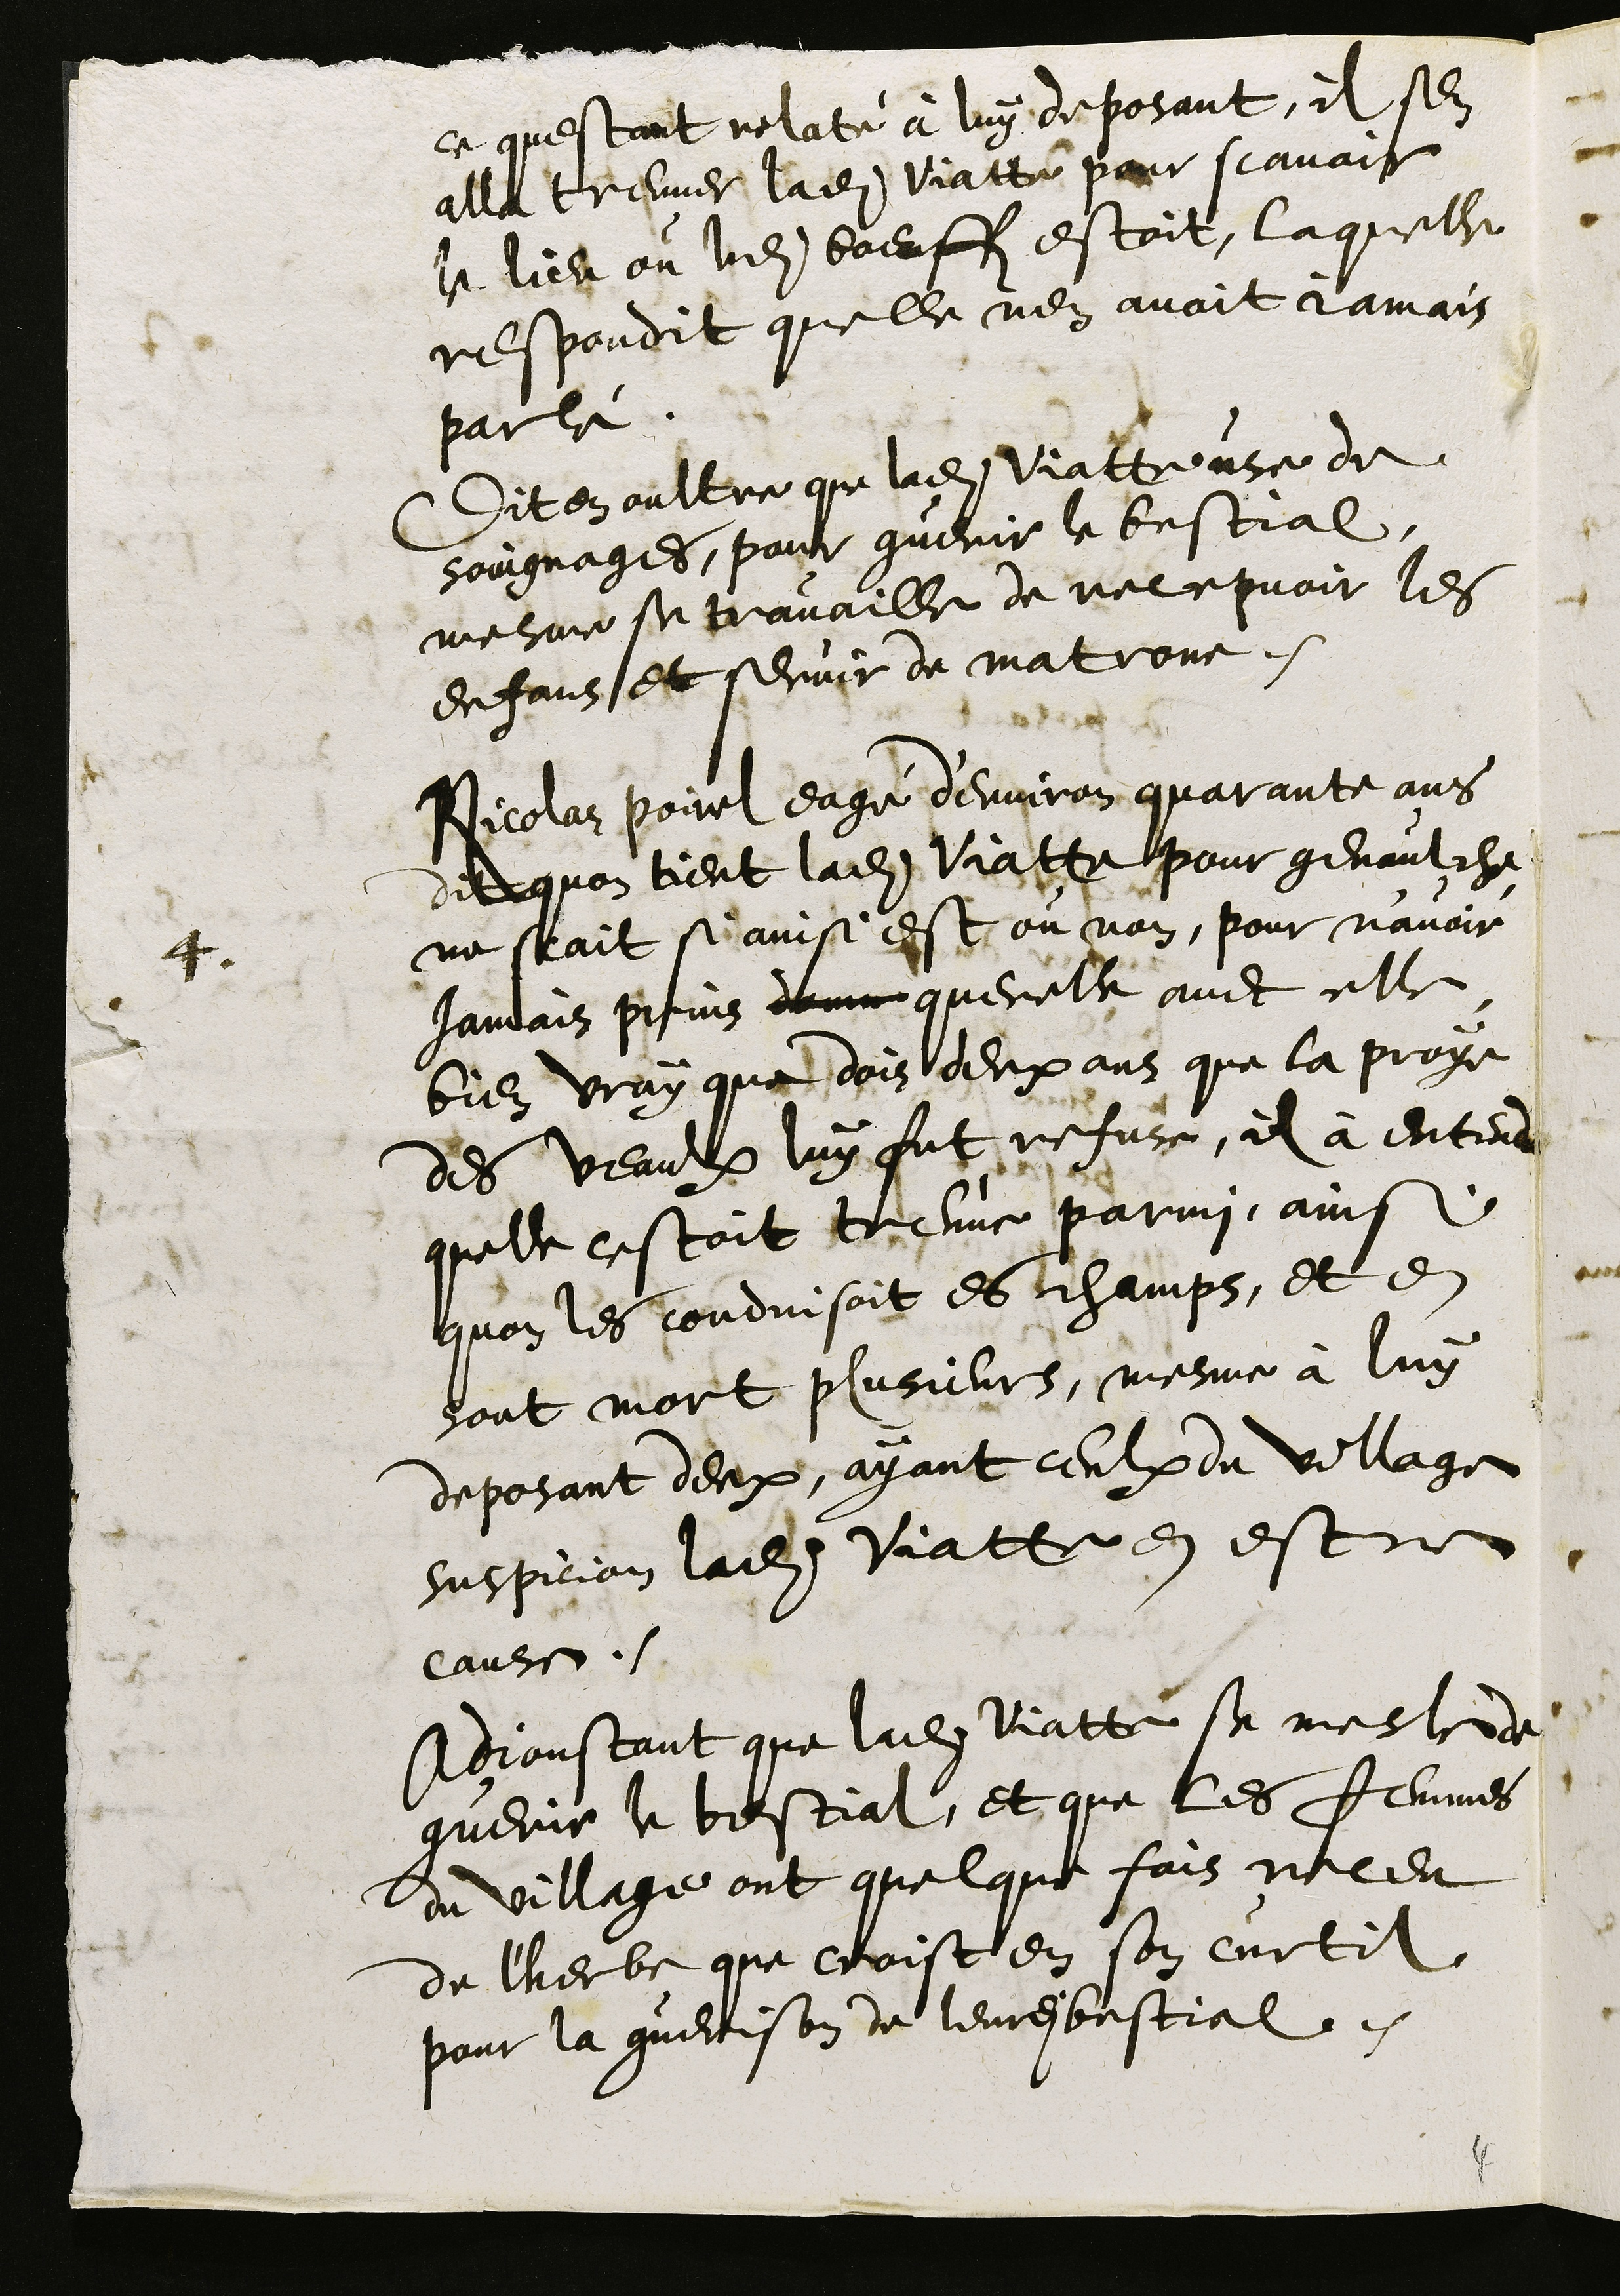
ce questant relaté à luy deposant, il sen
alla treuver ladite Viatte pour scavoir
le lieu ou ledit boeuff estoit, laquelle
respondit quelle nen avoit jamais
parlé.
Dit en oultre que ladite Viatte use de
soingnages, pour guerir le bestial,
mesme se travaille de recepvoir les
enfans et servir de matrone.
4
Nicolas poirel eagé d'environ quarante ans
dit quon tient ladite Viatte pour genaulche
ne scait si ainsi est ou non, pour n'avoir
jamais prins donne querelle avec elle
bien vray que dois deux ans que la proye
des veaulx luy fut refuse, il à entendu
quelle estoit treuve parmi, ainsi
quon les conduisoit es champs, et en
sont mort plusieurs, mesme à luy
deposant deux, ayant ceulx du village
suspicion ladite Viatte en estre
cause.
Adjoustant que ladite Viatte se mesle de
guerir le bestial, et que les femmes
du village ont quelque fois receu
de l'herbe que croist en son curtil
pour la guerison de leurdit bestial.

4